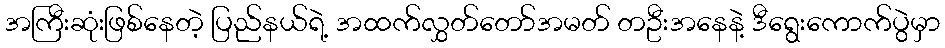
အကြီးဆုံးဖြစ်နေတဲ့ ပြည်နယ်ရဲ့ အထက်လွှတ်တော်အမတ် တဦးအနေနဲ့ ဒီရွေးကောက်ပွဲမှာ